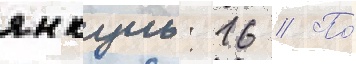
янкуль: 16 // По́